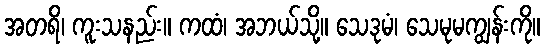
အတရိ၊ ကူးသနည်း။ ကထံ၊ အဘယ်သို့။ သေဒုမံ၊ သေမုမကျွန်းကို။